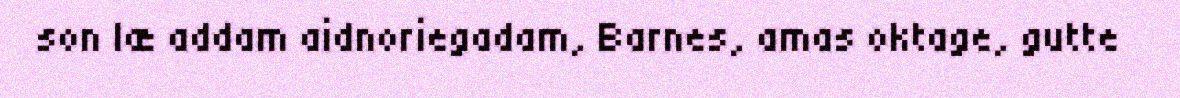
son læ addam aidnoriegadam, Barnes, amas oktage, gutte